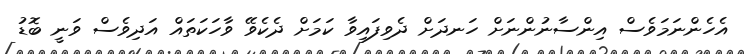
އެހެންނަމަވެސް އިންސާނުންނަށް ހަނދަށް ދެވިފައިވާ ކަމަށް ދެކެވޭ ވާހަކަތައް އަދިވެސް ވަނީ ބޮޑު